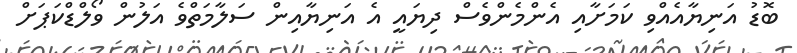
ބޮޑު އަނިޔާއެއްވި ކަމަށާއި އެންމެންވެސް ދިޔައީ އެ އަނިޔާއިން ސަލާމަތްވެ އަލުން ވޯލްޑްކަޕަށް